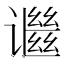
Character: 𬤬